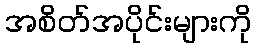
အစိတ်အပိုင်းများကို